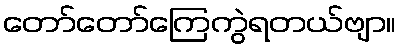
တော်တော်ကြေကွဲရတယ်ဗျာ။